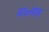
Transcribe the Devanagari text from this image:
वाळ्यास